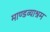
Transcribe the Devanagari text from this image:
माण्डव्याश्रम